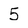
Character: 5